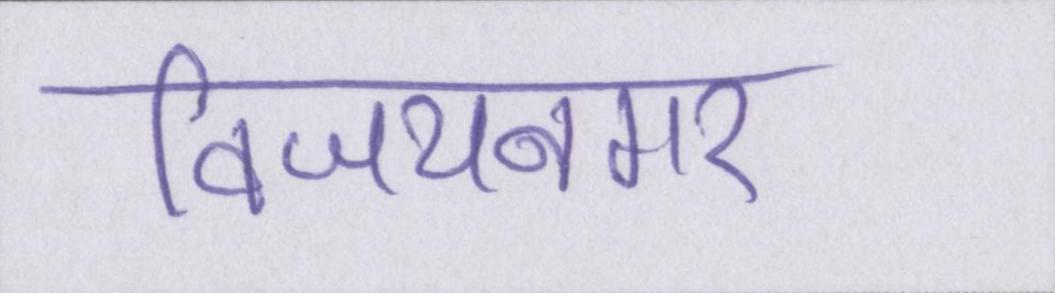
विजयनगर